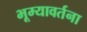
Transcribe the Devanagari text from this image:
भूम्यावर्तना